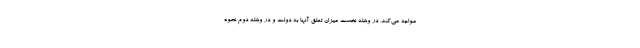
مواجه می‌کند، در وهله نخست میزان تعلق آنها به دولت و در وهله دوم نحوه